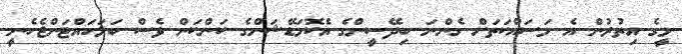
މީގެ އިތުރުން އެ މަސައްކަތަށް ގެންނަ ބިދޭސީންގެ އެކޮމަޑޭޝަންގެ ކަންކަން ވެސް ބަލަހައްޓަންޖެހެނީ